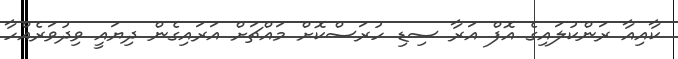
ކާއިއާ ރަންކުލައިގެ އޮފް އަރާ ސިޑި ހުރަސްކޮށް މައްޗަށް އަރައިގެން ދިޔައީ ވިދުވަރެއްހާ